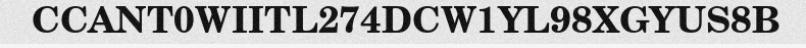
CCANT0WIITL274DCW1YL98XGYUS8B